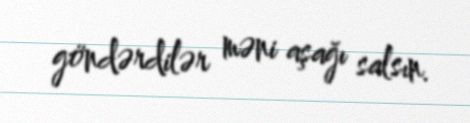
göndərdilər məni aşağı salsın.